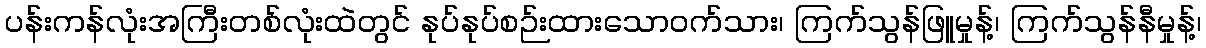
ပန်းကန်လုံးအကြီးတစ်လုံးထဲတွင် နုပ်နုပ်စဉ်းထားသောဝက်သား၊ ကြက်သွန်ဖြူမှုန့်၊ ကြက်သွန်နီမှုန့်၊